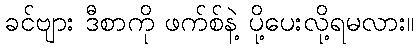
ခင်ဗျား ဒီစာကို ဖက်စ်နဲ့ ပို့ပေးလို့ရမလား။